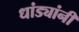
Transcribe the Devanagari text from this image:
धांड्यांनी